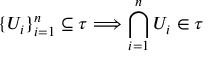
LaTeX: \{ U _ { i } \} _ { i = 1 } ^ { n } \subseteq \tau \Longrightarrow \bigcap _ { i = 1 } ^ { n } U _ { i } \in \tau \qquad